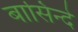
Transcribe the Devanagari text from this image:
बासिन्दे